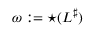
\omega : = { \star } ( L ^ { \sharp } )